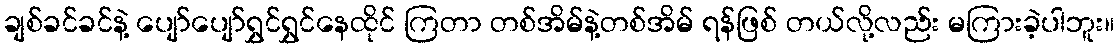
ချစ်ခင်ခင်နဲ့ ပျော်ပျော်ရွှင်ရွှင်နေထိုင် ကြတာ တစ်အိမ်နဲ့တစ်အိမ် ရန်ဖြစ် တယ်လို့လည်း မကြားခဲ့ပါဘူး။